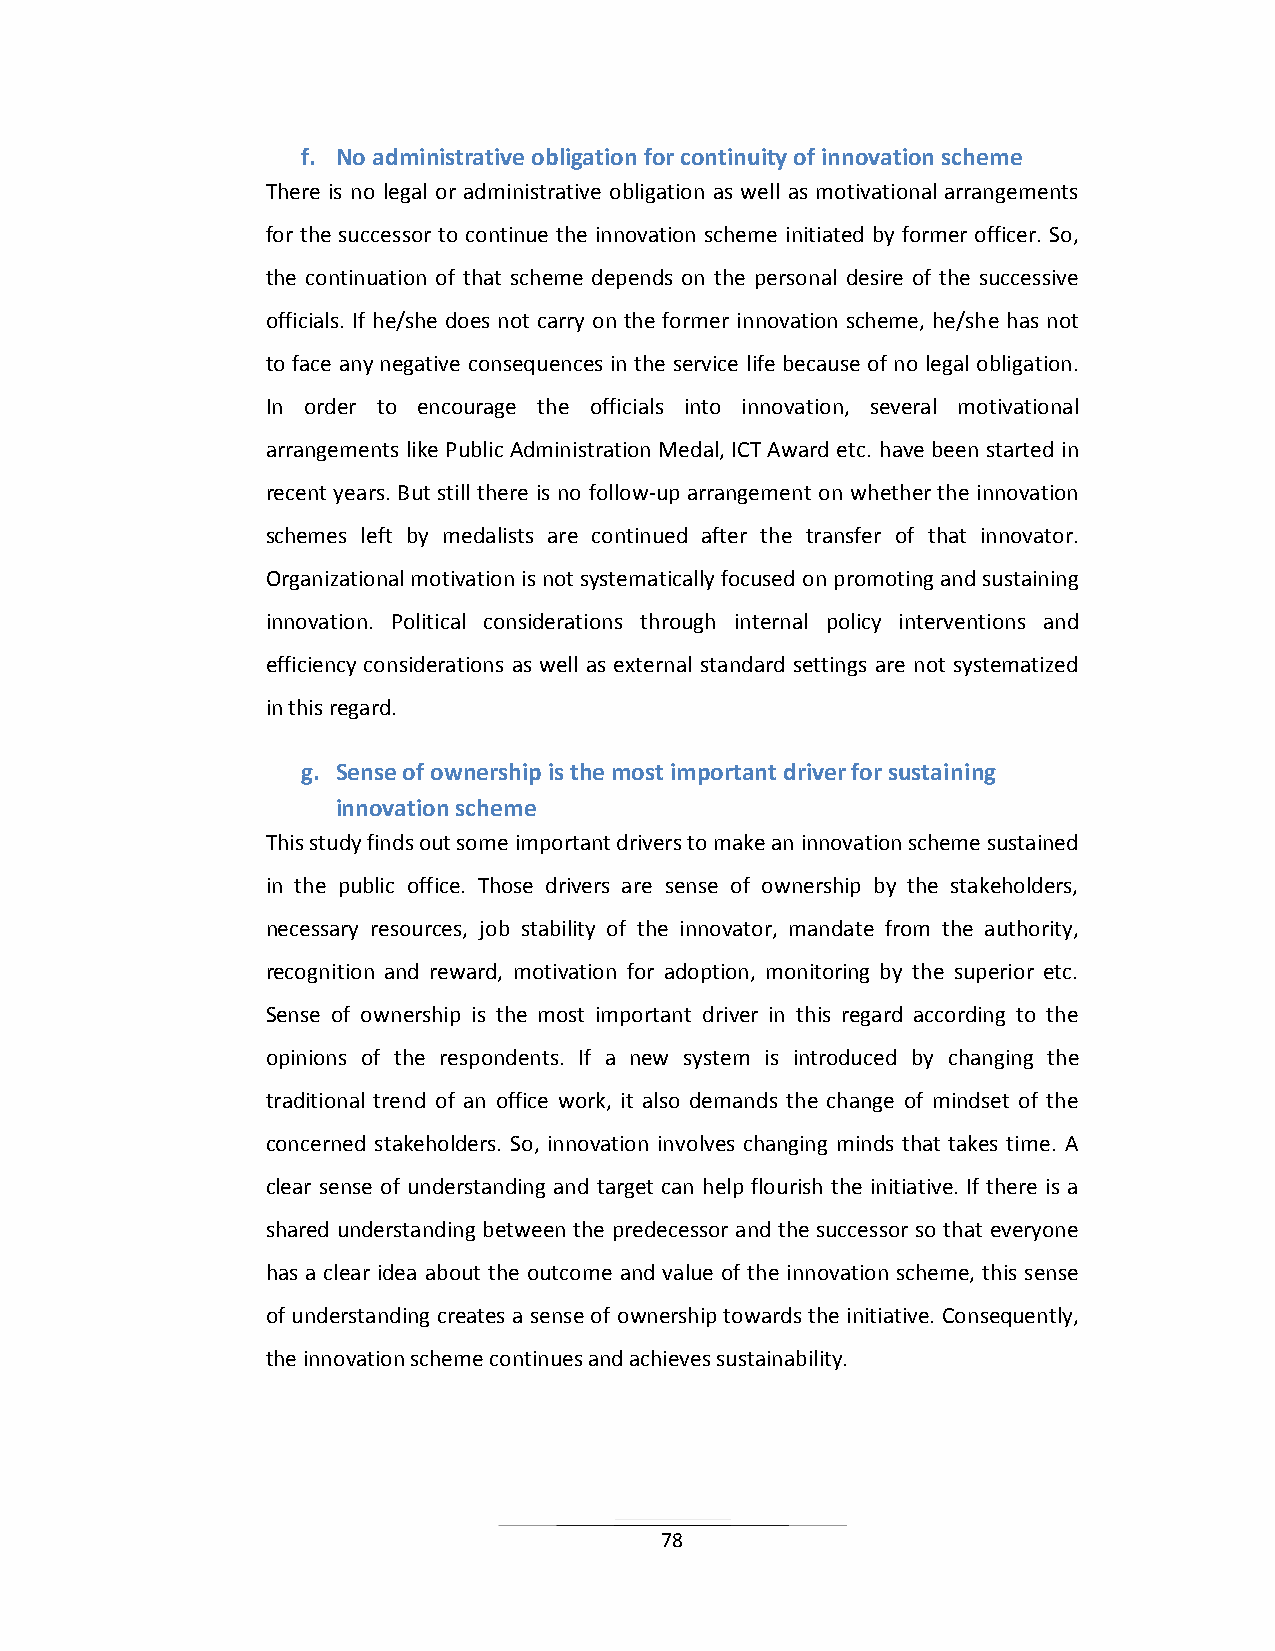
f. No administrative obligation for continuity of innovation scheme
 There is no legal or administrative obligation as well as motivational arrangements
 for the successor to continue the innovation scheme initiated by former officer. So,
 the continuation of that scheme depends on the personal desire of the successive
 officials. If he/she does not carry on the former innovation scheme, he/she has not
 to face any negative consequences in the service life because of no legal obligation.
 In order to encourage the officials into innovation, several motivational
 arrangements like Public Administration Medal, ICT Award etc. have been started in
 recent years. But still there is no follow-up arrangement on whether the innovation
 schemes left by medalists are continued after the transfer of that innovator.
 Organizational motivation is not systematically focused on promoting and sustaining
 innovation. Political considerations through internal policy interventions and
 efficiency considerations as well as external standard settings are not systematized
 in this regard.
 g. Sense of ownership is the most important driver for sustaining
 innovation scheme
 This study finds out some important drivers to make an innovation scheme sustained
 in the public office. Those drivers are sense of ownership by the stakeholders,
 necessary resources, job stability of the innovator, mandate from the authority,
 recognition and reward, motivation for adoption, monitoring by the superior etc.
 Sense of ownership is the most important driver in this regard according to the
 opinions of the respondents. If a new system is introduced by changing the
 traditional trend of an office work, it also demands the change of mindset of the
 concerned stakeholders. So, innovation involves changing minds that takes time. A
 clear sense of understanding and target can help flourish the initiative. If there is a
 shared understanding between the predecessor and the successor so that everyone
 has a clear idea about the outcome and value of the innovation scheme, this sense
 of understanding creates a sense of ownership towards the initiative. Consequently,
 the innovation scheme continues and achieves sustainability.
 78